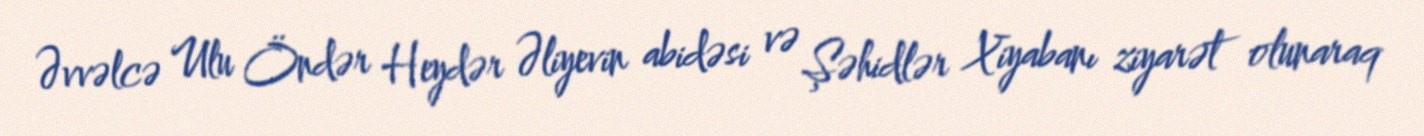
Əvvəlcə Ulu Öndər Heydər Əliyevin abidəsi və Şəhidlər Xiyabanı ziyarət olunaraq